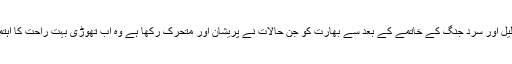
سوویت یونین کی تحلیل اور سرد جنگ کے خاتمے کے بعد سے بھارت کو جن حالات نے پریشان اور متحرک رکھا ہے وہ اب تھوڑی بہت راحت کا اہتمام بھی کر رہے ہیں۔